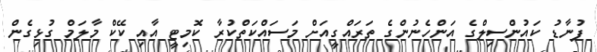
ފުނާޑު ކައުންސިލްގެ އަންހެނުންގެ ތަރައްގީއަށް މަސައްކަތްކުރާ ކޮމިޓީ އާއި ކޭކް މާލަމް ގުޅިގެން